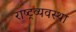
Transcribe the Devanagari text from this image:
राष्ट्रव्यवस्था